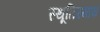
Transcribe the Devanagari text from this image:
स्थूतिस्माय